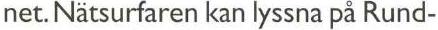
net. Nätsurfaren kan lyssna på Rund-